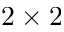
2 \times 2